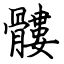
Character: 髏